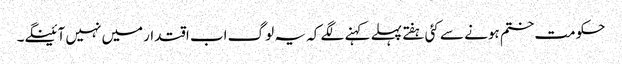
حکومت ختم ہونے سے کئی ہفتے پہلے کہنے لگے کہ یہ لوگ اب اقتدارمیں نہیں آئینگے۔